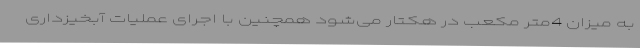
به میزان 4متر مکعب در هکتار می‌شود همچنین با اجرای عملیات آبخیزداری